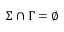
\Sigma \cap \Gamma = \emptyset